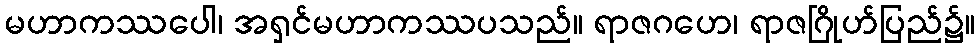
မဟာကဿပေါ၊ အရှင်မဟာကဿပသည်။ ရာဇဂဟေ၊ ရာဇဂြိုဟ်ပြည်၌။